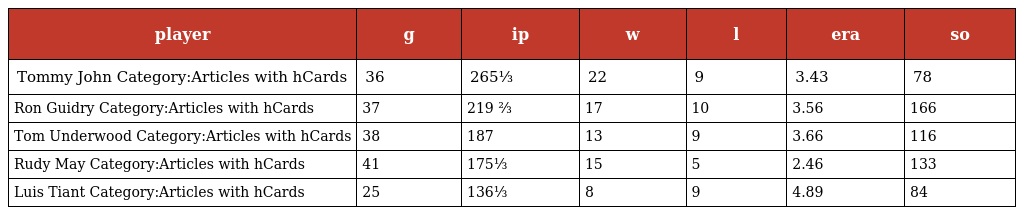
| player | g | ip | w | l | era | so |
 | --- | --- | --- | --- | --- | --- | --- |
 | Tommy John Category:Articles with hCards | 36 | 265⅓ | 22 | 9 | 3.43 | 78 |
 | Ron Guidry Category:Articles with hCards | 37 | 219 ⅔ | 17 | 10 | 3.56 | 166 |
 | Tom Underwood Category:Articles with hCards | 38 | 187 | 13 | 9 | 3.66 | 116 |
 | Rudy May Category:Articles with hCards | 41 | 175⅓ | 15 | 5 | 2.46 | 133 |
 | Luis Tiant Category:Articles with hCards | 25 | 136⅓ | 8 | 9 | 4.89 | 84 |